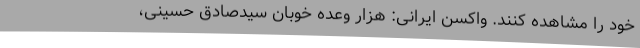
خود را مشاهده کنند. واکسن ایرانی: هزار وعده خوبان سیدصادق حسینی،